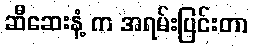
ဆီဆေးနံ့ က အရမ်းပြင်းတာ